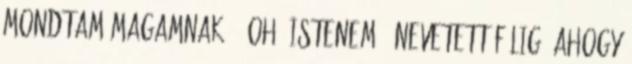
mondtam magamnak. - Oh, istenem - nevetett félig, ahogy